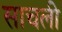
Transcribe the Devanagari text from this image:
साचली